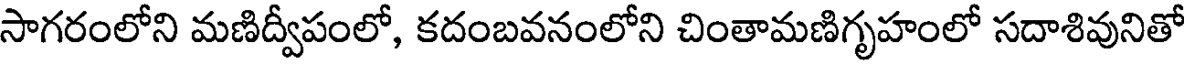
సాగరంలోని మణిద్వీపంలో, కదంబవనంలోని చింతామణిగృహంలో సదాశివునితో